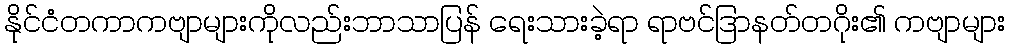
နိုင်ငံတကာကဗျာများကိုလည်းဘာသာပြန် ရေးသားခဲ့ရာ ရာဗင်ဒြာနတ်တဂိုး၏ ကဗျာများ